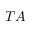
T A